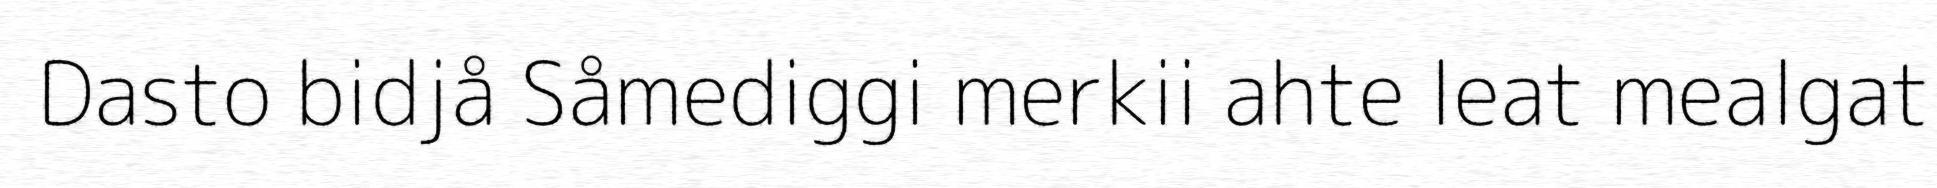
Dasto bidjå Såmediggi merkii ahte leat mealgat